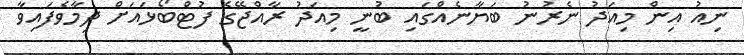
ނިއު އިން މިއަދު ނެރުނު ބަޔާނެއްގައި ބުނީ މިއަދު ރާއްޖޭގެ ފުޓްބޯޅައަށް ދިމާވެފައިވާ